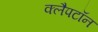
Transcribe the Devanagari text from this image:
क्लैपटॉन